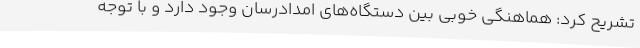
تشریح کرد: هماهنگی خوبی بین دستگاه‌های امدادرسان وجود دارد و با توجه